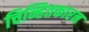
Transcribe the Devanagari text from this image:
चिन्हितकारन